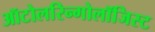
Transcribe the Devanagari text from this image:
ऑटोलरिन्गोलॉजिस्ट